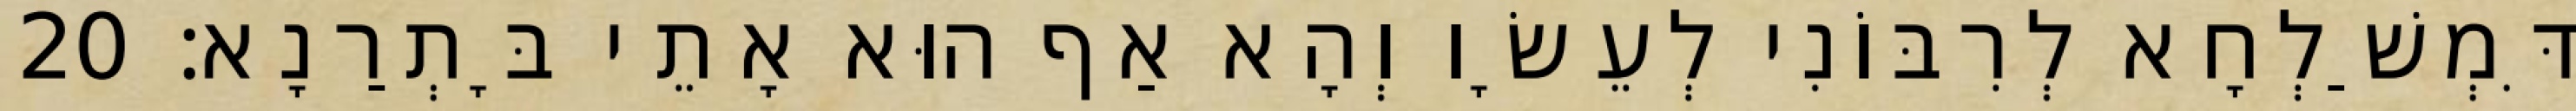
דִּמְשַׁלְחָא לְרִבּוֹנִי לְעֵשָׂו וְהָא אַף הוּא אָתֵי בָּתְרַנָא׃ 20